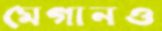
মেগানও